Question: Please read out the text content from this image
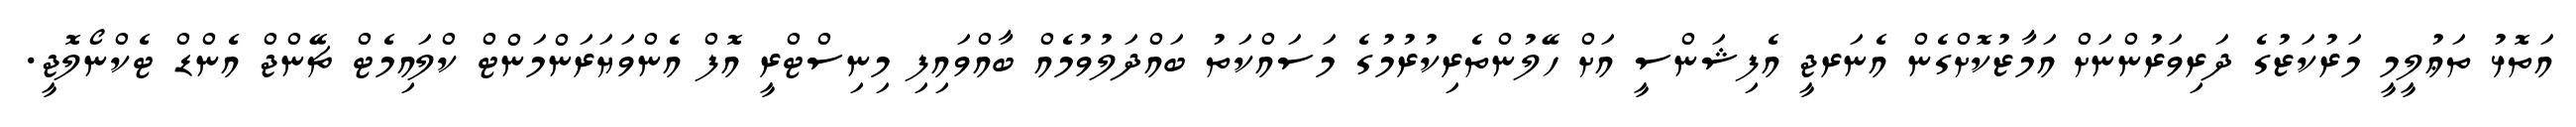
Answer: އަތޮޅު ތަޢުލީމީ މަރުކަޒުގެ ދަރިވަރުންނަށް އަމާޒުކޮށްގެން އެނަރޖީ އެފިޝަންސީ އަށް ހޭލުންތެރިކުރުމުގެ މަސައްކަތު ބައްދަލުވުމެއް ބާއްވައިފި މިނިސްޓްރީ އޮފް އެންވަޔަރަންމަންޓް ކްލައިމެޓް ޗޭންޖް އެންޑް ޓެކްނޯލޮޖީ.